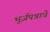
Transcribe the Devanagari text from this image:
भूर्जपत्राचे